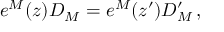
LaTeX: e ^ { M } ( z ) D _ { M } = e ^ { M } ( z ^ { \prime } ) D _ { M } ^ { \prime } \, ,